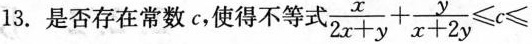
13.是否存在常数c，使得不等式$$\frac { x } { 2 x + y } + \frac { y } { x + 2 y } ≤ c ≤